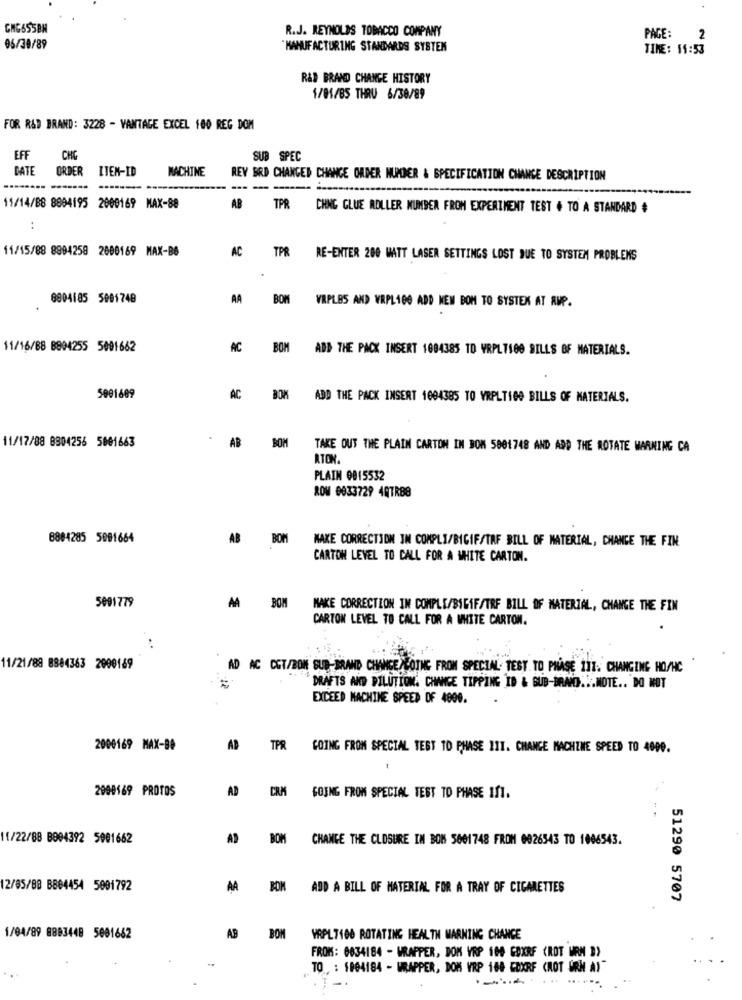
R.J. REYNOLDS TOBACCO COMPANY
PAGE:
2
05/30/89
MANUFACTURING STANDARDS SYSTEM
TIME: 11:53
R&D BRAND CHANGE HISTORY
1/01/85 THRU 6/38/89
FOR R&D BRAND: 3228 - VANTAGE EXCEL 100 REG DOM
EFF
CHG
SUB SPEC
DATE
ORDER
ITEN-ID
MACHINE
REY ERD CHANGED CHANCE ORDER NUMMER & SPECIFICATION CHANCE DESCRIPTION
-----
11/14/B8 8894195 2009169 MAX-88
AB
TPR
CHNG GLUE ROLLER NUMBER FROM EXPERIMENT TEST . TO A STANDARD #
..
11/15/88 8994258 2600169 MAX-B6
AC
TPR
RE-ENTER 200 MATT LASER SETTINGS LOST DUE TO SYSTEM PROBLEMS
8904185 5001748
AA
BOM
VRPLBS AND WRPL100 ADD NEW BOM TO SYSTEK AT AMP.
11/16/BB 8804255 5001662
AC
BOM
ADD THE PACK INSERT 1084385 TO VRPLT100 SILLS OF MATERIALS.
5001609
AC
ADD THE PACK INSERT 1004385 TO VRPLTIGO BILLS OF MATERIALS.
11/17/88 8304256 5001663
AB BOM
TAKE OUT THE PLAIN CARTON IN BOM 5801748 AND ADD THE ROTATE WARNING CA
ATON.
PLAIN 0815532
ROW 0033729 4QTR88
8884285 5091664
AB
BOM
MAKE CORRECTION IN COMPLI/BICIF/TAF BILL OF MATERIAL, CHANGE THE FIN
CARTON LEVEL TO CALL FOR A WHITE CARTON.
5091779
AA BOM
MAKE CORRECTION IN COMPLE/BIGIF/TRF BILL OF MATERIAL, CHANGE THE FIN
CARTON LEVEL TO CALL FOR A WHITE CARTON.
...
11/21/88 8884363 2000169
AD AC CET/BON SUB-BRAND CHANCE/COTHE FROM SPECIAL. TEST TO PHASE 111. CHANGING HO/HC
"DRAFTS AND PILUTION. CHANCE TIPPING ID & SUB-BRAND ... MOTE .. DO NOT
EXCEED MACHINE SPEED OF 4800.
2000169 MAX-B8
AD TPR
GOING FROM SPECIAL TEST TO PHASE III. CHANGE MACHINE SPEED TO 4099.
t
2900169 PROTOS
CRM
AD
GOING FROM SPECIAL TEST TO PHASE If1.
11/22/88 B004392 5001662
AD BOM
CHANGE THE CLOSURE IN BON 5661748 FROM 0026543 TO 1006543.
12/05/88 B804454 5001792
AA
BON
ADD A BILL OF MATERIAL FOR A TRAY OF CIGARETTES
51290 5707
1/04/89 8893448 5081662
AB
BOM
YAPL7100 ROTATING HEALTH WARNING CHANCE
FROM: 0034184 - WRAPPER, DOM VRP 108 COXRF (ROT URN ]>
TO : $804184 - WRAPPER, DOM VRP 188 COXRF (ROT URM A)"